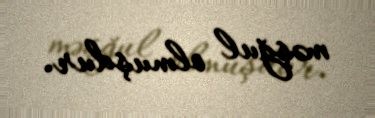
məşğul olmuşdur.